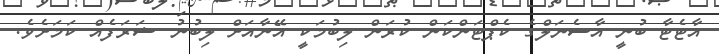
އާޓެޓާ ބުނީ އާސެނަލްގެ ކެޕްޓަންކަން ކުރަން ލިބުމަކީ އޭނާއަށް ލިބުނު ޝަރަފެއް ކަމަށެވެ.